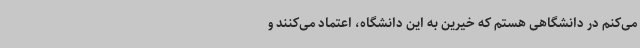
می‌کنم در دانشگاهی هستم که خیرین به این دانشگاه، اعتماد می‌کنند و